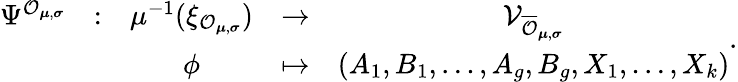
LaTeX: \begin{array}{ccccc}{\Psi^{\mathcal{O}_{\boldsymbol{\mu},\boldsymbol{\sigma}}}}&{:}&{\mu^{-1}(\xi_{\mathcal{O}_{\boldsymbol{\mu},\boldsymbol{\sigma}}})}&{\to}&{\mathcal{V}_{\overline{{\mathcal{O}}}_{\boldsymbol{\mu},\boldsymbol{\sigma}}}}\\ &&{\phi}&{\mapsto}&{\left(A_{1},B_{1},\dots,A_{g},B_{g},X_{1},\dots,X_{k}\right)}\end{array}.